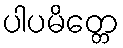
ပါပမိတ္တေ